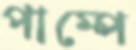
পাম্পে